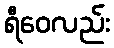
ရီဝေလည်း